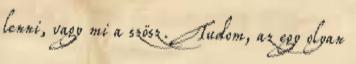
lenni, vagy mi a szösz. Tudom, az egy olyan